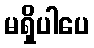
မရှိပါပေ